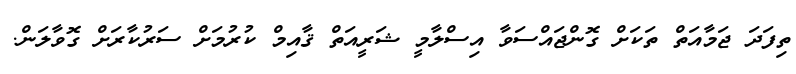
ތިފަދަ ޖަމާއަތް ތަކަށް ގޮންޖައްސަވާ އިސްލާމީ ޝަރީއަތް ޤާއިމް ކުރުމަށް ސަރުކާރަށް ގޮވާލަން.